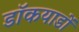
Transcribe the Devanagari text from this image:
डॉकयाडों